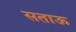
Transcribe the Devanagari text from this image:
सताऊ